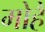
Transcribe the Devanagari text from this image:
मोहैं